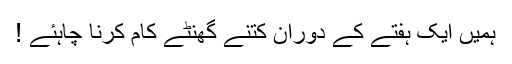
ہمیں ایک ہفتے کے دوران کتنے گھنٹے کام کرنا چاہئے !